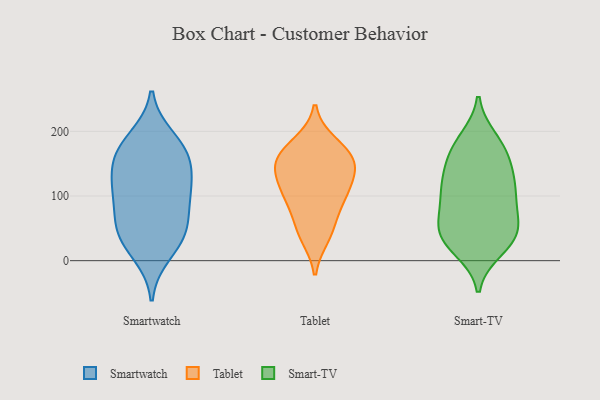
{"axis": {"x": "Conversion Rate (%)", "y": "Value"}, "legend": ["Smart-TV", "Smartwatch", "Tablet"], "data": [{"x": "", "y": 99, "type": "Smartwatch"}, {"x": "", "y": 159, "type": "Smartwatch"}, {"x": "", "y": 34, "type": "Smartwatch"}, {"x": "", "y": 52, "type": "Smartwatch"}, {"x": "", "y": 52, "type": "Smartwatch"}, {"x": "", "y": 11, "type": "Smartwatch"}, {"x": "", "y": 178, "type": "Smartwatch"}, {"x": "", "y": 156, "type": "Smartwatch"}, {"x": "", "y": 189, "type": "Smartwatch"}, {"x": "", "y": 156, "type": "Smartwatch"}, {"x": "", "y": 45, "type": "Smartwatch"}, {"x": "", "y": 113, "type": "Smartwatch"}, {"x": "", "y": 104, "type": "Smartwatch"}, {"x": "", "y": 111, "type": "Smartwatch"}, {"x": "", "y": 156, "type": "Tablet"}, {"x": "", "y": 78, "type": "Tablet"}, {"x": "", "y": 149, "type": "Tablet"}, {"x": "", "y": 48, "type": "Tablet"}, {"x": "", "y": 147, "type": "Tablet"}, {"x": "", "y": 106, "type": "Tablet"}, {"x": "", "y": 109, "type": "Tablet"}, {"x": "", "y": 105, "type": "Tablet"}, {"x": "", "y": 37, "type": "Tablet"}, {"x": "", "y": 172, "type": "Tablet"}, {"x": "", "y": 143, "type": "Tablet"}, {"x": "", "y": 182, "type": "Tablet"}, {"x": "", "y": 108, "type": "Smart-TV"}, {"x": "", "y": 154, "type": "Smart-TV"}, {"x": "", "y": 187, "type": "Smart-TV"}, {"x": "", "y": 110, "type": "Smart-TV"}, {"x": "", "y": 30, "type": "Smart-TV"}, {"x": "", "y": 114, "type": "Smart-TV"}, {"x": "", "y": 35, "type": "Smart-TV"}, {"x": "", "y": 176, "type": "Smart-TV"}, {"x": "", "y": 18, "type": "Smart-TV"}, {"x": "", "y": 32, "type": "Smart-TV"}, {"x": "", "y": 79, "type": "Smart-TV"}, {"x": "", "y": 147, "type": "Smart-TV"}, {"x": "", "y": 52, "type": "Smart-TV"}, {"x": "", "y": 91, "type": "Smart-TV"}, {"x": "", "y": 49, "type": "Smart-TV"}, {"x": "", "y": 175, "type": "Smart-TV"}, {"x": "", "y": 54, "type": "Smart-TV"}, {"x": "", "y": 125, "type": "Smart-TV"}]}